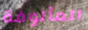
المألوفة